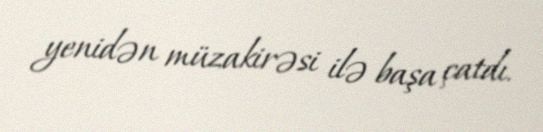
yenidən müzakirəsi ilə başa çatdı.